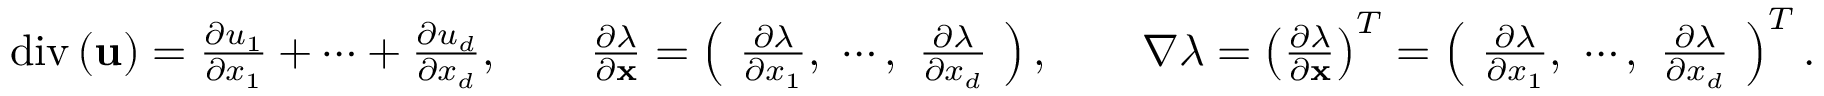
\begin{array} { r } { \mathrm { d i v } \left( \mathbf { u } \right) = \frac { \partial u _ { 1 } } { \partial x _ { 1 } } + \cdots + \frac { \partial u _ { d } } { \partial x _ { d } } , \qquad \frac { \partial \lambda } { \partial \mathbf { x } } = \left( \ \frac { \partial \lambda } { \partial x _ { 1 } } , \ \cdots , \ \frac { \partial \lambda } { \partial x _ { d } } \ \right) , \qquad \nabla \lambda = \left( \frac { \partial \lambda } { \partial \mathbf { x } } \right) ^ { T } = \left( \ \frac { \partial \lambda } { \partial x _ { 1 } } , \ \cdots , \ \frac { \partial \lambda } { \partial x _ { d } } \ \right) ^ { T } . } \end{array}